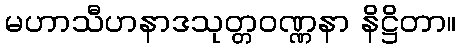
မဟာသီဟနာဒသုတ္တဝဏ္ဏနာ နိဋ္ဌိတာ။